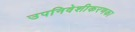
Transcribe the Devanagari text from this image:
उपनिवेशीकरणका